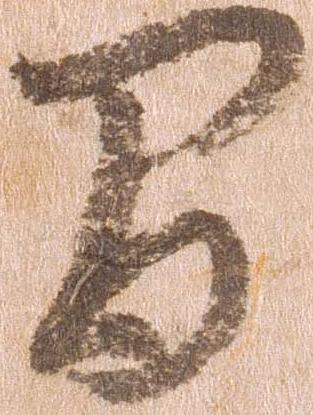
間